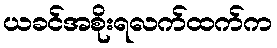
ယခင်အစိုးရလက်ထက်က